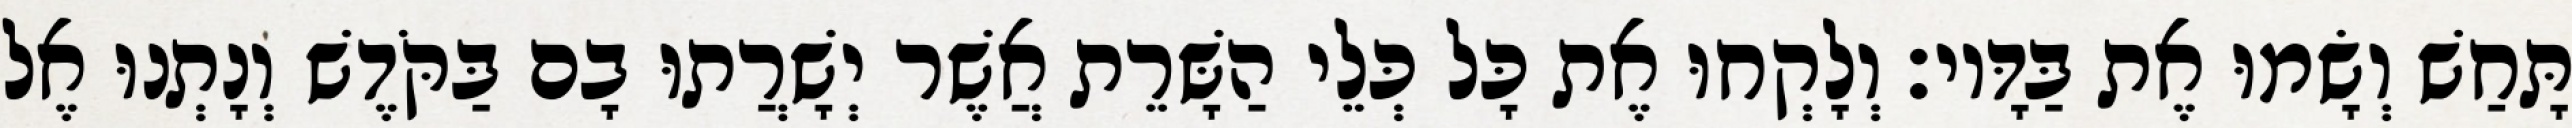
תָּחַשׁ וְשָׂמוּ אֶת בַּדָּיו׃ וְלָקְחוּ אֶת כָּל כְּלֵי הַשָּׁרֵת אֲשֶׁר יְשָׁרֲתוּ בָם בַּקֹּדֶשׁ וְנָתְנוּ אֶל